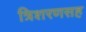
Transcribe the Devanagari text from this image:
त्रिशरणसह